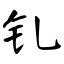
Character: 钆